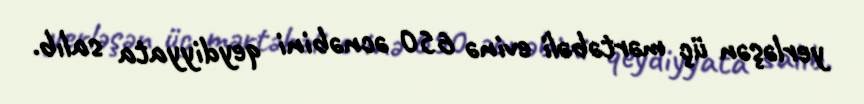
yerləşən üç mərtəbəli evinə 650 əcnəbini qeydiyyata salıb.